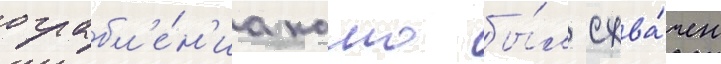
ограбл'е́н'иа камо бы́л схва́чен